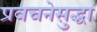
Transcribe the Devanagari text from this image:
प्रवचनेसुद्धा